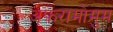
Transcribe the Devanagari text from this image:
अफ़रामोमुम